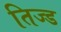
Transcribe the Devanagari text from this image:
तिज्ड